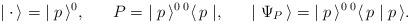
\begin{align*}\mid {\bf \cdot} \, \rangle = \; \mid p\, \rangle^0, \; \; \; \; \; \;P = \; \mid p \, \rangle^{0 \; 0}\langle \, p \mid, \; \; \; \; \; \; \mid \Psi_P \, \rangle = \; \mid p \, \rangle^{0 \; 0}\langle \, p \mid p \, \rangle. \end{align*}